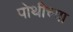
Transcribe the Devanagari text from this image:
पोथीच्या